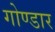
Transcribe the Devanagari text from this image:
गोण्डार